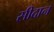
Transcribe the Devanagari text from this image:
सीदान